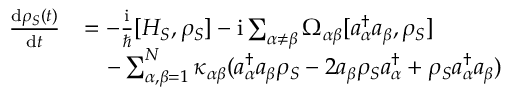
\begin{array} { r l } { \frac { \mathrm { d } \rho _ { S } ( t ) } { \mathrm { d } t } } & { = - \frac { \mathrm { i } } { \hbar } [ H _ { S } , \rho _ { S } ] - \mathrm { i } \sum _ { \alpha \neq \beta } \Omega _ { \alpha \beta } [ a _ { \alpha } ^ { \dagger } a _ { \beta } , \rho _ { S } ] } \\ & { \quad - \sum _ { \alpha , \beta = 1 } ^ { N } \kappa _ { \alpha \beta } ( a _ { \alpha } ^ { \dagger } a _ { \beta } \rho _ { S } - 2 a _ { \beta } \rho _ { S } a _ { \alpha } ^ { \dagger } + \rho _ { S } a _ { \alpha } ^ { \dagger } a _ { \beta } ) } \end{array}